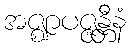
အဇ္ဈာပဇ္ဇန္တီနံ